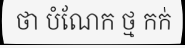
ថា បំណែក ថ្ម កក់